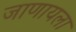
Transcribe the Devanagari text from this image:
जाणायला